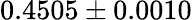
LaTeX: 0.4505\pm 0.0010